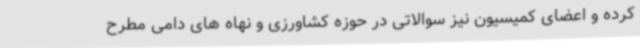
کرده و اعضای کمیسیون نیز سوالاتی در حوزه کشاورزی و نهاه های دامی مطرح